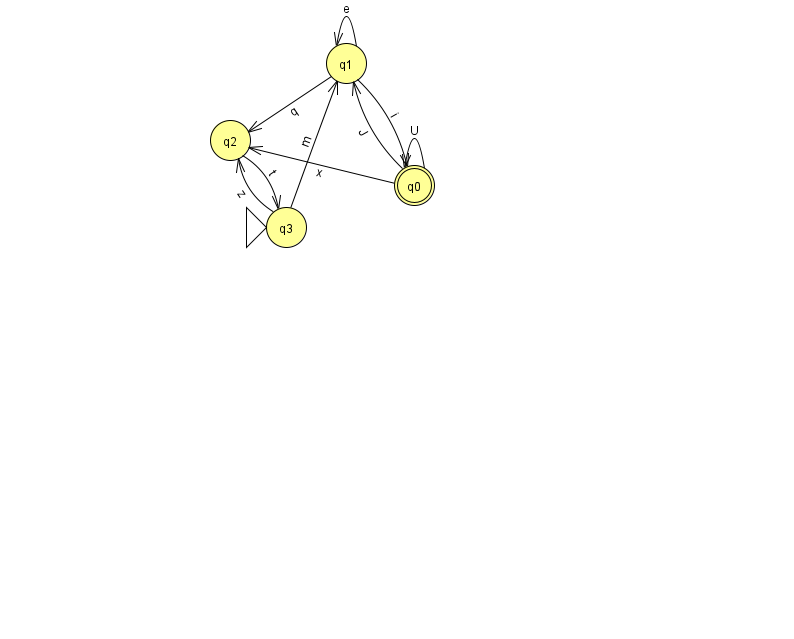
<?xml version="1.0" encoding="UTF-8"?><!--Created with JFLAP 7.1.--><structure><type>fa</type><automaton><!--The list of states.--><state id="0" name="q0"><x>414.0</x><y>172.0</y><final/></state><state id="1" name="q1"><x>346.0</x><y>50.0</y></state><state id="2" name="q2"><x>230.0</x><y>127.0</y></state><state id="3" name="q3"><x>286.0</x><y>214.0</y><initial/></state><!--The list of transitions.--><transition><from>2</from><to>3</to><read>t</read></transition><transition><from>3</from><to>1</to><read>m</read></transition><transition><from>0</from><to>0</to><read>U</read></transition><transition><from>1</from><to>1</to><read>e</read></transition><transition><from>0</from><to>2</to><read>x</read></transition><transition><from>1</from><to>0</to><read>i</read></transition><transition><from>0</from><to>1</to><read>J</read></transition><transition><from>3</from><to>2</to><read>z</read></transition><transition><from>1</from><to>2</to><read>q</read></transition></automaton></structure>